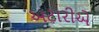
અટારીએ